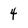
Character: 4